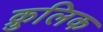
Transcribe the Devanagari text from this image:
क्रुलिक